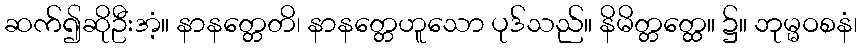
ဆက်၍ဆိုဦးအံ့။ နာနတ္တေတိ၊ နာနတ္တေဟူသော ပုဒ်သည်။ နိမိတ္တတ္ထေ။ ၌။ ဘုမ္မဝစနံ၊